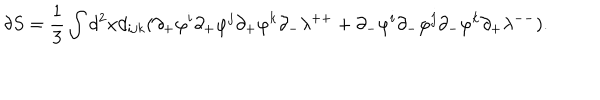
\delta S = \frac { 1 } { 3 } \int d ^ { 2 } x d _ { i j k } ( \partial _ { + } \varphi ^ { i } \partial _ { + } \varphi ^ { j } \partial _ { + } \varphi ^ { k } \partial _ { - } \lambda ^ { + + } + \partial _ { - } \varphi ^ { i } \partial _ { - } \varphi ^ { j } \partial _ { - } \varphi ^ { k } \partial _ { + } \lambda ^ { -- } ) .